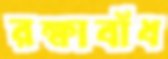
রক্ষাবাঁধ